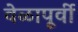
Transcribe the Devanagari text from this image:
वेळापूर्वी